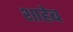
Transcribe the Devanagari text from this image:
शाहेब